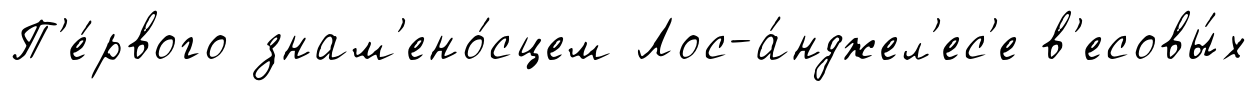
П'е́рвого знам'ено́сцем Лос-а́нджел'ес'е в'есовы́х